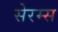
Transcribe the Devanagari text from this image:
सेरम्स